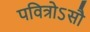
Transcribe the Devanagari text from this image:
पवित्रोऽसौ